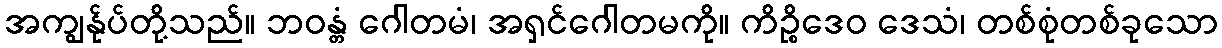
အကျွန်ုပ်တို့သည်။ ဘဝန္တံ ဂေါတမံ၊ အရှင်ဂေါတမကို။ ကိဉ္စိဒေဝ ဒေသံ၊ တစ်စုံတစ်ခုသော